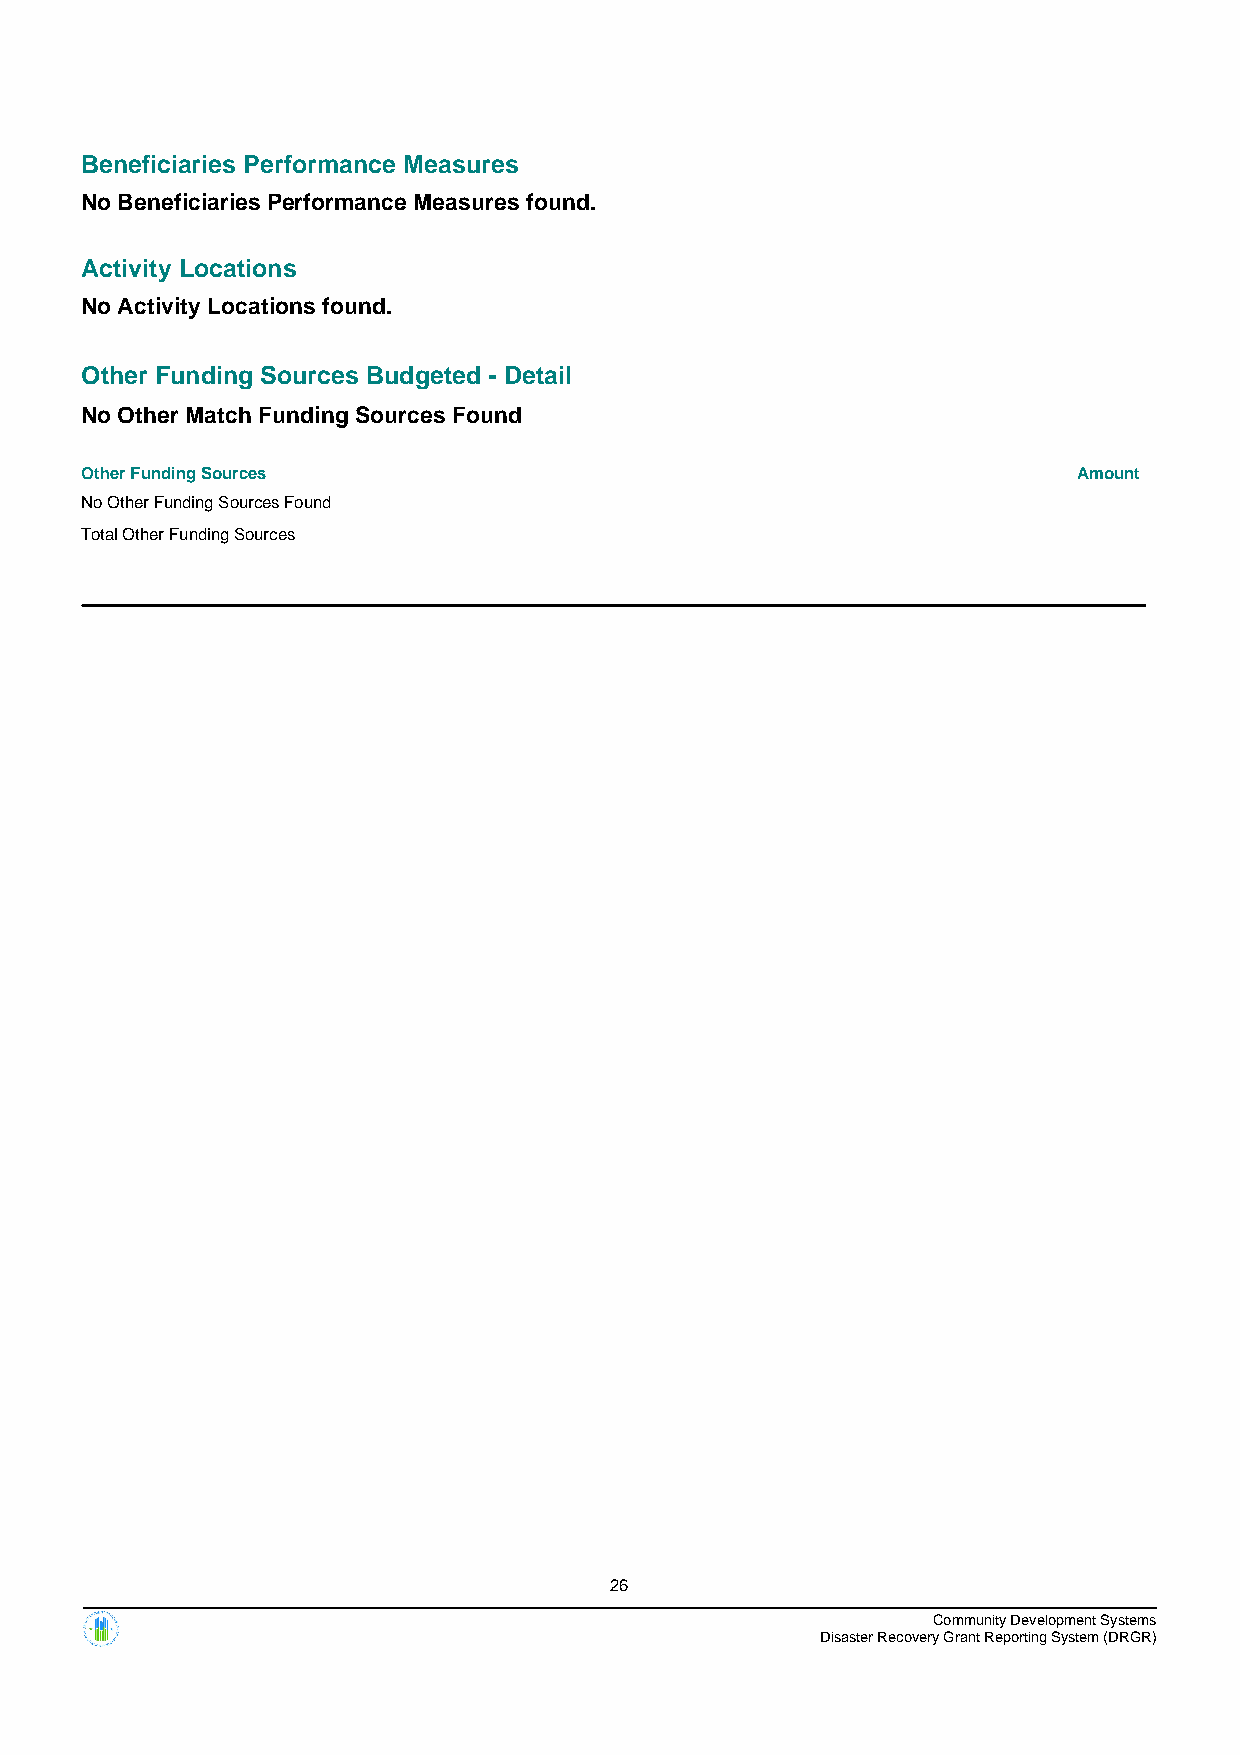
Beneficiaries Performance Measures
 No Beneficiaries Performance Measures found.
 Activity Locations
 No Activity Locations found.
 Other Funding Sources Budgeted - Detail
 No Other Match Funding Sources Found
 Other Funding Sources                                             Amount
 No Other Funding Sources Found
 Total Other Funding Sources
 26
 Community Development Systems
 Disaster Recovery Grant Reporting System (DRGR)